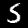
Digit: 5